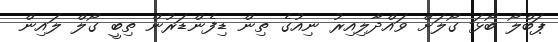
ޕަބްލޯ ބޯޅަ ގޯލަށް ވައްދާލިއިރު ނިއުގެ ތިން ޑިފެންޑަރުން ތިބީ ގޯލް ލައިން